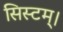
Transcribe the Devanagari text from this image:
सिस्टम्।